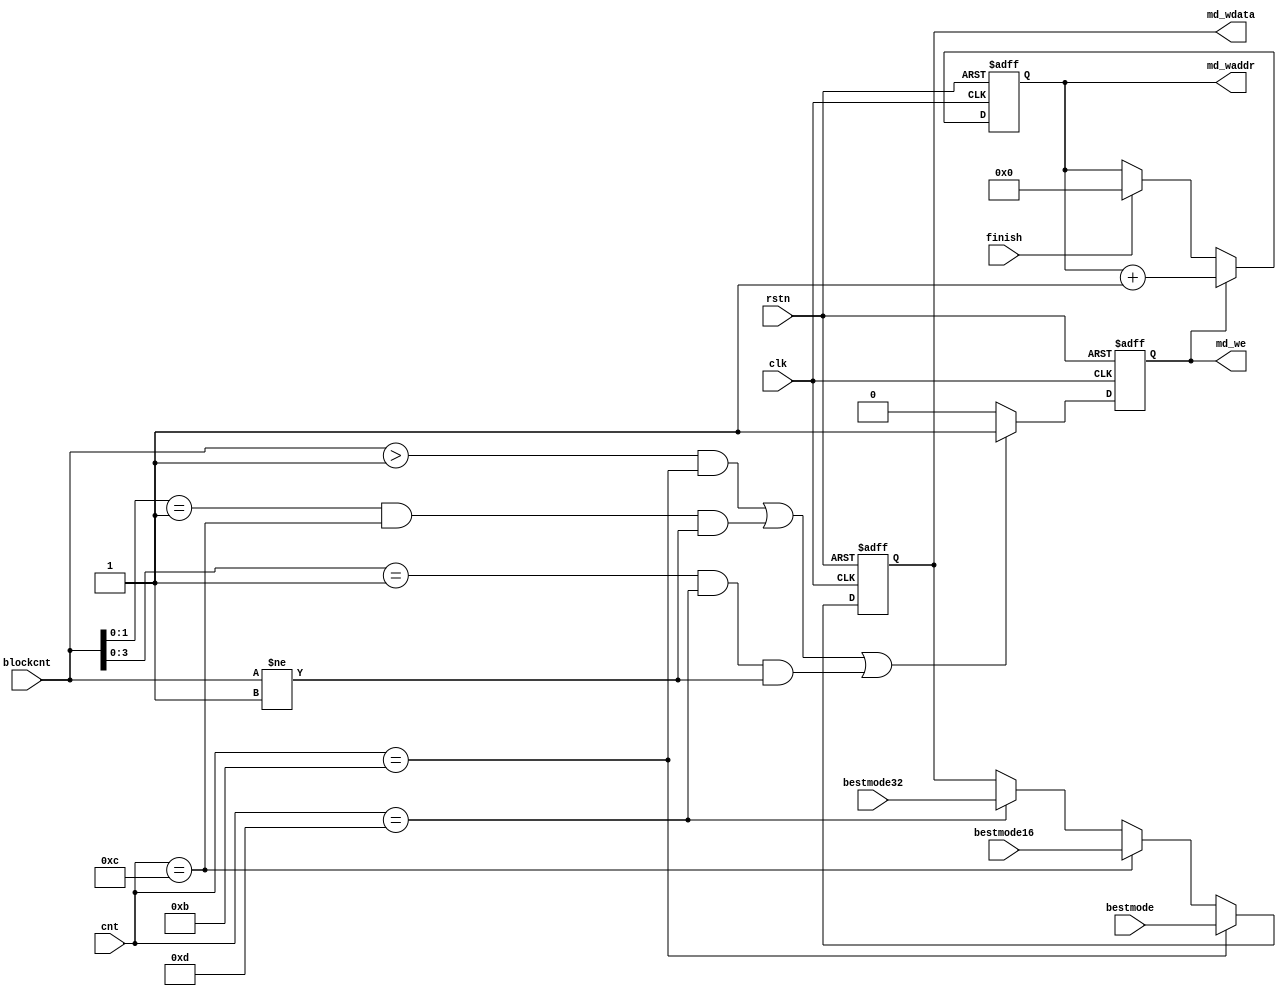
//-------------------------------------------------------------------
//
//  Description   : mode write back to mode ram
//
//-------------------------------------------------------------------
module mode_write(
	clk			,
	rstn		,
	cnt		    ,
	blockcnt	,
	bestmode	,
	bestmode16	,
	bestmode32	,
	finish		,
	md_we		,
	md_waddr	,
	md_wdata	
);

	input								rstn;
	input								clk;
	input				[5:0]			cnt;
	input				[6:0]			blockcnt;
	input				[5:0]			bestmode;
	input				[5:0]			bestmode16;
	input				[5:0]			bestmode32;	
	input								finish;
	
	output								md_we;
	output				[5:0]			md_wdata;
	output				[6:0]			md_waddr;
	
	reg									md_we;
	reg					[5:0]			md_wdata;
	reg					[6:0]			md_waddr;
	
always@(posedge clk or negedge rstn)
	if(!rstn)
		md_waddr	<=	7'd0;
	else if(md_we)
		md_waddr	<=	md_waddr	+	1'b1;
	else if(finish)
		md_waddr	<=	7'd0;
		
always@(posedge clk or negedge rstn)
	if(!rstn)
		md_we		<=	1'b0;
	else if(((blockcnt>7'd1)&&(cnt==6'd11))
				||((blockcnt[1:0]==2'b01)&&(cnt==6'd12)&&(blockcnt!=7'd1))
					||((blockcnt[3:0]==4'b0001)&&(cnt==6'd13)&&(blockcnt!=7'd1)))// 8x8 & 16x16 & 32x32
		md_we		<=	1'b1;
	else
		md_we		<=	1'b0;
		
always@(posedge clk or negedge rstn)
	if(!rstn)
		md_wdata	<=	'd0;
	else if(cnt=='d11)
		md_wdata	<=	bestmode;
	else if(cnt=='d12)
		md_wdata	<=	bestmode16;
	else if(cnt=='d13)
		md_wdata	<=	bestmode32;
			
endmodule